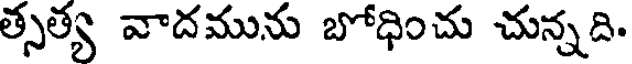
త్సత్య వాదమును బోధించు చున్నది.